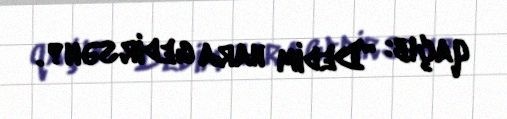
qaçıb: “Dedim hara gedirsən?.